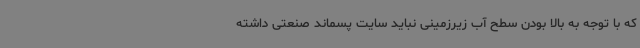
که با توجه به بالا بودن سطح آب زیرزمینی نباید سایت پسماند صنعتی داشته